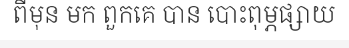
ពីមុន មក ពួកគេ បាន បោះពុម្ភផ្សាយ